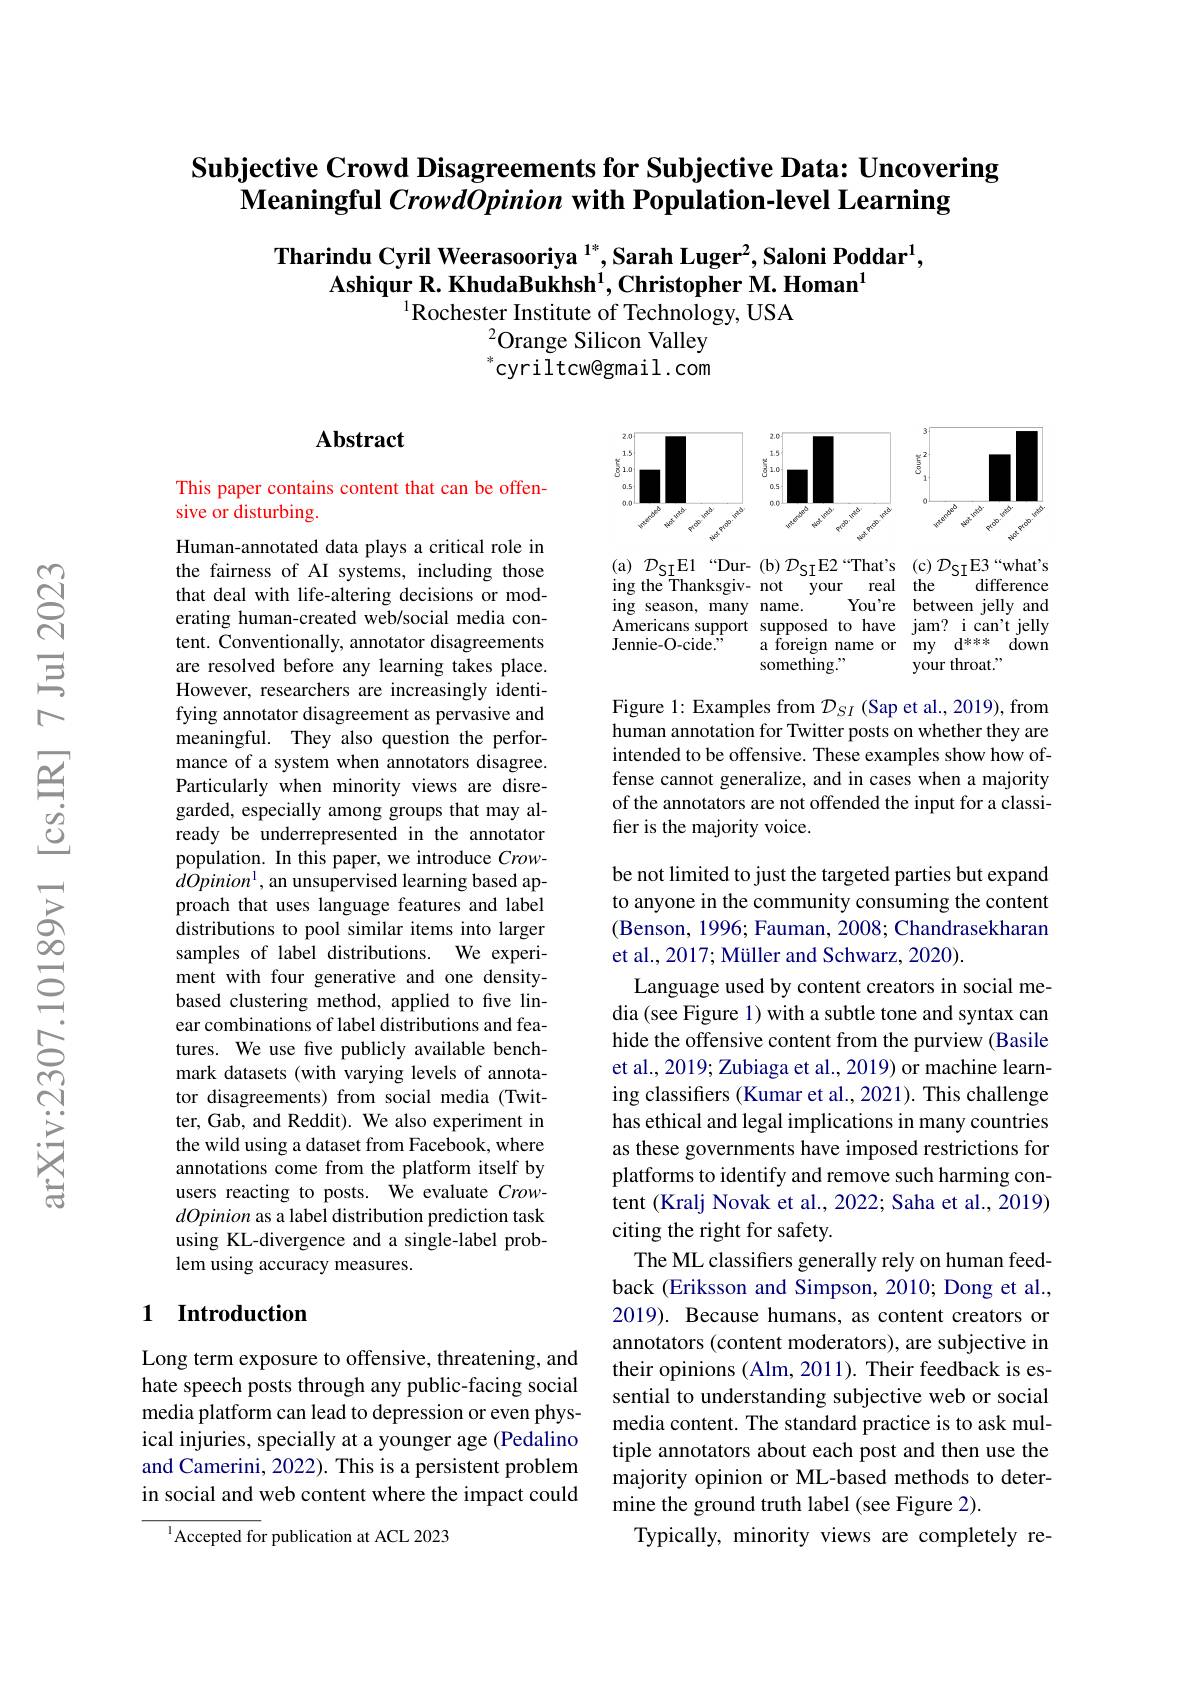
# Subjective Crowd Disagreements for Subjective Data: Uncovering Meaningful CrowdOpinion with Population-level Learning

Tharindu Cyril Weerasooriya $^{1*}$,Sarah Luger$^2$,Saloni Poddar$^1$,
Ashiqur R. KhudaBukhsh$^1$,Christopher M. Homan$^{1}$
$^{1}$Rochester Institute of Technology, USA
$^{2}$Orange Silicon Valley $^{*}$cyriltcw@gmail.com

### $\mathbf{Abstract}$

This paper contains content that can be offen-
sive or disturbing.

<FigureHere>

Figure 1: Examples from $\mathcal{D}_SI$ (Sap et al., 2019), from human annotation for Twitter posts on whether they are intended to be offensive. These examples show how offense cannot generalize, and in cases when a majority of the annotators are not offended the input for a classifier is the majority voice.

Human-annotated data plays a critical role in the fairness of AI systems, including those that deal with life-altering decisions or moderating human-created web/social media content. Conventionally, annotator disagreements are resolved before any learning takes place. However, researchers are increasingly identifying annotator disagreement as pervasive and meaningful. They also question the performance of a system when annotators disagree. Particularly when minority views are disregarded, especially among groups that may already be underrepresented in the annotator population. In this paper, we introduce Crow- $dOpinion^1$, an unsupervised learning based approach that uses language features and label distributions to pool similar items into larger samples of label distributions. We experiment with four generative and one densitybased clustering method, applied to five linear combinations of label distributions and features. We use five publicly available benchmark datasets (with varying levels of annotator disagreements) from social media (Twitter, Gab, and Reddit). We also experiment in the wild using a dataset from Facebook, where annotations come from the platform itself by users reacting to posts. We evaluate CrowdOpinion as a label distribution prediction task using KL-divergence and a single-label problem using accuracy measures.

be not limited to just the targeted parties but expand to anyone in the community consuming the content (Benson, 1996; Fauman, 2008; Chandrasekharan et al., 2017; Müller and Schwarz, 2020).

Language used by content creators in social media (see Figure 1) with a subtle tone and syntax can hide the offensive content from the purview (Basile et al., 2019; Zubiaga et al., 2019) or machine learning classifiers (Kumar et al., 2021). This challenge has ethical and legal implications in many countries as these governments have imposed restrictions for platforms to identify and remove such harming content (Kralj Novak et al., 2022; Saha et al., 2019) citing the right for safety.
The ML classifiers generally rely on human feedback (Eriksson and Simpson, 2010; Dong et al., 2019). Because humans, as content creators or annotators (content moderators), are subjective in their opinions (Alm, 2011). Their feedback is essential to understanding subjective web or social media content. The standard practice is to ask multiple annotators about each post and then use the majority opinion or ML-based methods to determine the ground truth label (see Figure 2).
Typically, minority views are completely re-

## 1 Introduction

Long term exposure to offensive, threatening, and hate speech posts through any public-facing social media platform can lead to depression or even physical injuries, specially at a younger age (Pedalino and Camerini, 2022). This is a persistent problem in social and web content where the impact could

$^{1}$Accepted for publication at ACL 2023